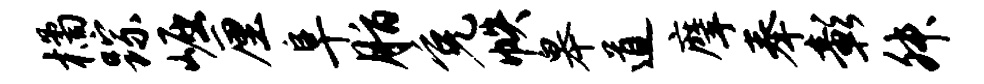
橘踪崛厘阜脂免帙皋道摩奉彰舛